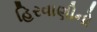
હિરવાણીનો